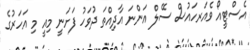
އެސްޓީއޯ ވެެއަރހައުސް ސޭލް އަންނަ އާދިއްތަ ދުވަހު ފަށަނީ މިއީ މި އަހަރުގެ